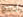
كينغ